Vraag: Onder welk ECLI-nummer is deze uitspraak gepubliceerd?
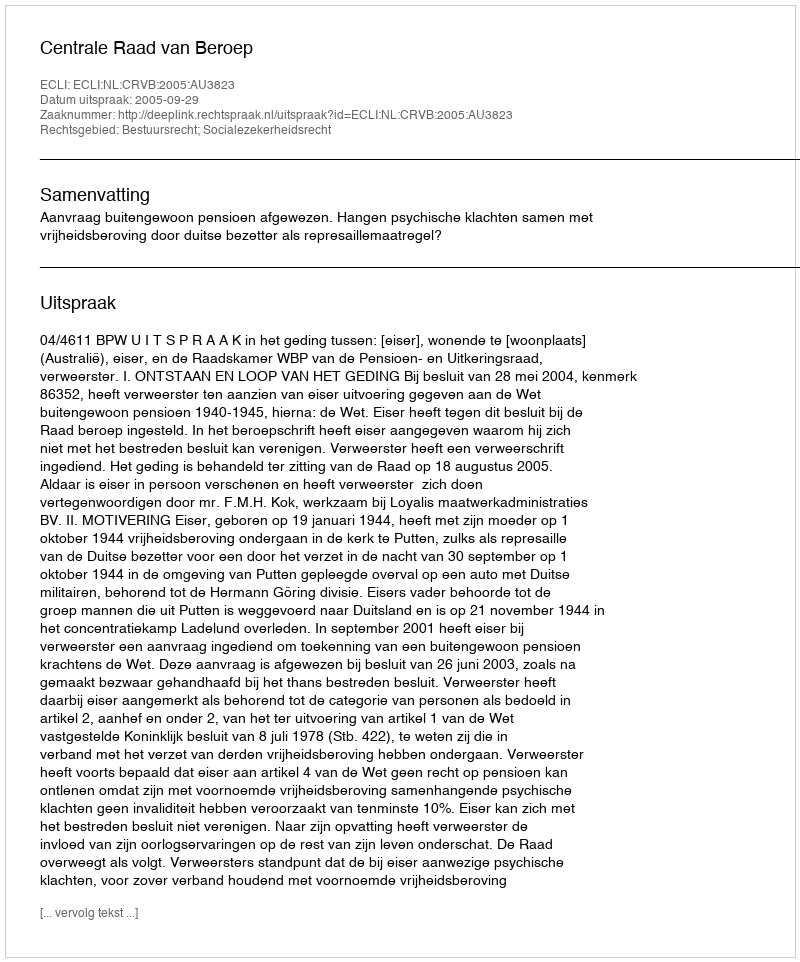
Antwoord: ECLI:NL:CRVB:2005:AU3823